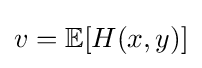
v=\mathbb {E} [H(x,y)]